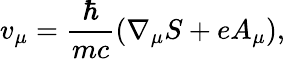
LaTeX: v_{\mu}=\frac{\hbar}{mc}\left(\nabla_{\mu}S+eA_{\mu}\right),